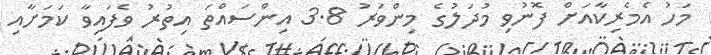
މަހު އެމެރިކާއަށް ފޮނުވި މުދަލުގެ މިންވަރު 3.8 އިންސައްތަ އިތުރު ވެފައިވާ ކަމަށާއި